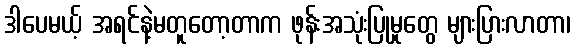
ဒါပေမယ့် အရင်နဲ့မတူတော့တာက ဖုန်းအသုံးပြုမှုတွေ များပြားလာတာ၊